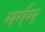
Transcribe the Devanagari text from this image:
मर्गम